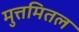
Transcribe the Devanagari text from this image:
मुत्तमितल